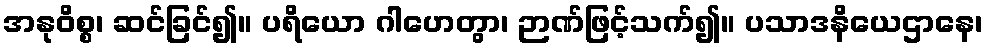
အနုဝိစ္စ၊ ဆင်ခြင်၍။ ပရိယော ဂါဟေတွာ၊ ဉာဏ်ဖြင့်သက်၍။ ပသာဒနိယေဌာနေ၊